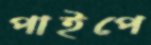
পাইপে